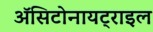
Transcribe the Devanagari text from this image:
ॲसिटोनायट्राइल